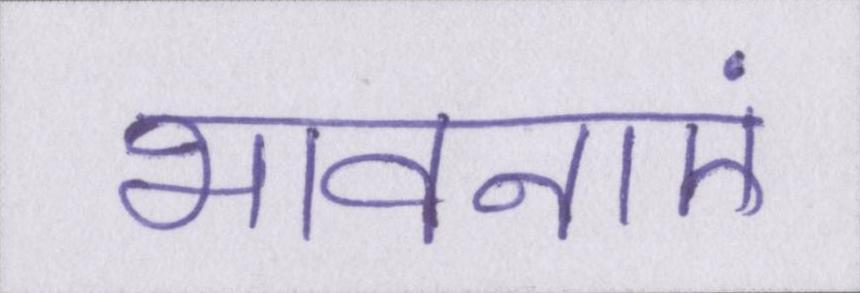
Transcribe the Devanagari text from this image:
भावनाएं